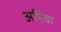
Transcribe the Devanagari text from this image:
अभिवा